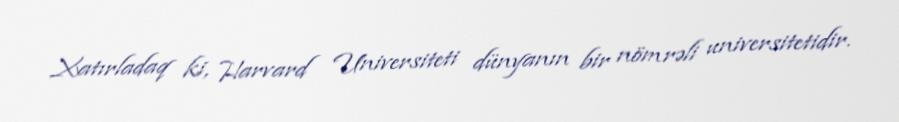
Xatırladaq ki, Harvard Universiteti dünyanın bir nömrəli universitetidir.